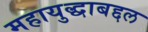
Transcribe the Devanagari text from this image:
महायुद्धाबद्दल